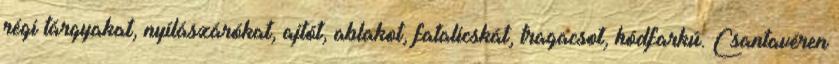
régi tárgyakat, nyílászárókat, ajtót, ablakot, fatalicskát, tragacsot, hódfarkú. Csantavéren